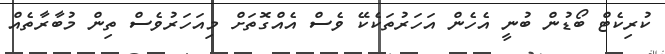
ކުރިކެޓް ބޯޑުން ބުނީ އެހެން އަހަރުތަކެކޭ ވެސް އެއްގޮތަށް މިއަހަރުވެސް ތިން މުބާރާތެއް